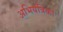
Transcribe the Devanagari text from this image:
अभियंत्रिका